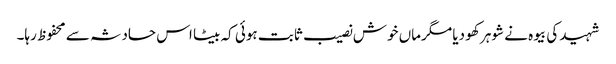
شہید کی بیوہ نے شوہر کھو دیا مگرماں خوش نصیب ثابت ہوئی کہ بیٹا اس حادثہ سے محفوظ رہا۔